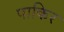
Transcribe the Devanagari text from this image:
पाकिर